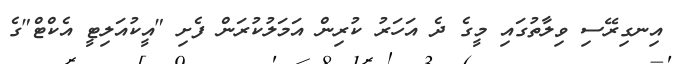
އިނގިރޭސި ވިލާތުގައި މީގެ ދެ އަހަރު ކުރިން އަމަލުކުރަން ފެށި "އީކުއަލިޓީ އެކްޓް"ގެ